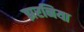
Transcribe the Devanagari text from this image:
झरनिया